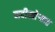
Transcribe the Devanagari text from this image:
नदीखोऱ्यात